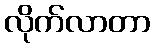
လိုက်လာတာ